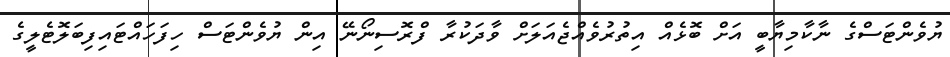
ޔުވެންޓަސްގެ ނާކާމިޔާބީ އަށް ބޮޅެއް އިތުރުވެއްޖެއަލަށް ވާދަކުރާ ފްރޮސިނޯނޭ އިން ޔުވެންޓަސް ހިފަހައްޓައިފިބަލޮޓެލީގެ